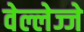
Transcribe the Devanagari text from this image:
वेल्लेज्जे